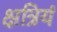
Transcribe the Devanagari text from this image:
क्षत्रियं